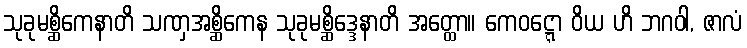
သုခုမစ္ဆိကေနာတိ သဏှအစ္ဆိကေန သုခုမစ္ဆိဒ္ဒေနာတိ အတ္ထော။ ကေဝဋ္ဋော ဝိယ ဟိ ဘဂဝါ, ဇာလံ